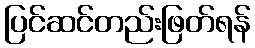
ပြင်ဆင်တည်းဖြတ်ရန်